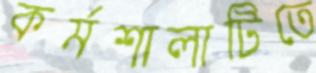
কর্মশালাটিতে